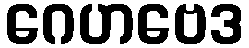
ဂေဟဗေဒ